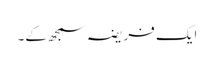
ایک فریضہ سمجھ کے۔